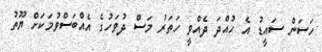
ހަސަން ސައީޑު އެ ހުއްދަ ދެއްވީ ހަތަރު މަސް ދުވަހުގެ އެއްބަސްވުމަކަށް ޔޫތު